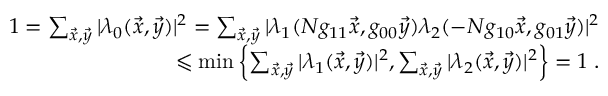
\begin{array} { r } { 1 = \sum _ { \vec { x } , \vec { y } } | \lambda _ { 0 } ( \vec { x } , \vec { y } ) | ^ { 2 } = \sum _ { \vec { x } , \vec { y } } | \lambda _ { 1 } ( N g _ { 1 1 } \vec { x } , g _ { 0 0 } \vec { y } ) \lambda _ { 2 } ( - N g _ { 1 0 } \vec { x } , g _ { 0 1 } \vec { y } ) | ^ { 2 } } \\ { \leqslant \operatorname* { m i n } \left\{ \sum _ { \vec { x } , \vec { y } } | \lambda _ { 1 } ( \vec { x } , \vec { y } ) | ^ { 2 } , \sum _ { \vec { x } , \vec { y } } | \lambda _ { 2 } ( \vec { x } , \vec { y } ) | ^ { 2 } \right\} = 1 \; . } \end{array}